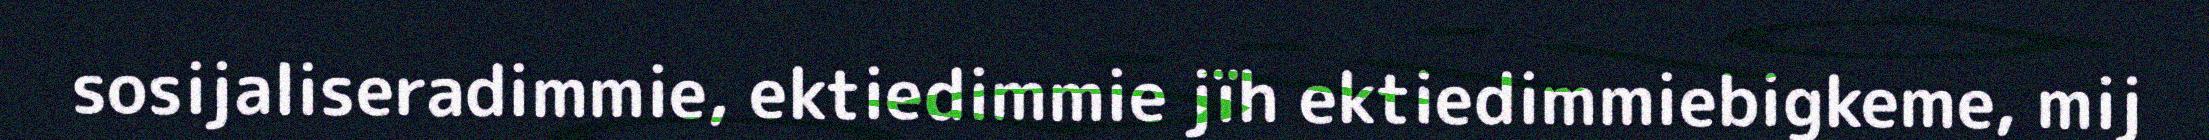
sosijaliseradimmie, ektiedimmie jïh ektiedimmiebigkeme, mij